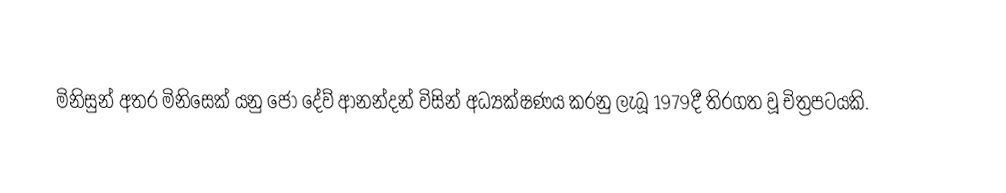
මිනිසුන් අතර මිනිසෙක් යනු ජෝ දේව් ආනන්දන් විසින් අධ්‍යක්ෂණය කරනු ලැබූ 1979දී තිරගත වූ චිත්‍රපටයකි.